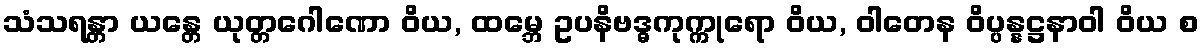
သံသရန္တာ ယန္တေ ယုတ္တဂေါဏော ဝိယ, ထမ္ဘေ ဥပနိဗဒ္ဓကုက္ကုရော ဝိယ, ဝါတေန ဝိပ္ပန္နဋ္ဌနာဝါ ဝိယ စ